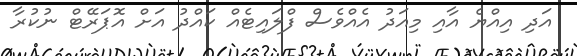
އަދި އިއްޔެ އާއި މިއަދު އެއްވެސް ފްލައިޓެއް ކައްދު އަށް އޮޕަރޭޓް ނުކުރާ